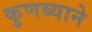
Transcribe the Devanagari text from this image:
कुणब्याने